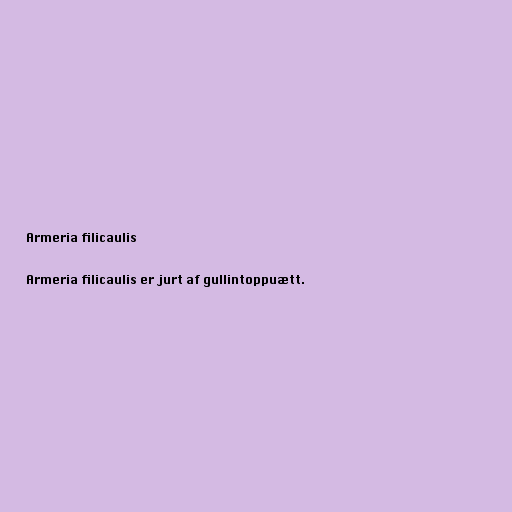
Armeria filicaulis

Armeria filicaulis er jurt af gullintoppuætt.